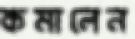
কমালেন